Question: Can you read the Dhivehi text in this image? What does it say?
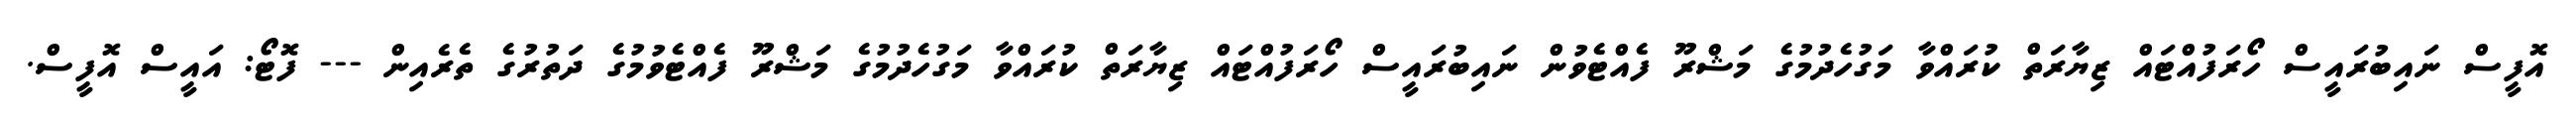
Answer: އޮފީސް ނައިބުރައީސް ހޯރަފުއްޓައް ޒިޔާރަތް ކުރައްވާ މަގުހެދުމުގެ މަޝްރޫ ފެއްޓެވުން ނައިބުރައީސް ހޯރަފުއްޓައް ޒިޔާރަތް ކުރައްވާ މަގުހެދުމުގެ މަޝްރޫ ފެއްޓެވުމުގެ ދަތުރުގެ ތެރެއިން --- ފޮޓޯ: އައީސް އޮފީސް.